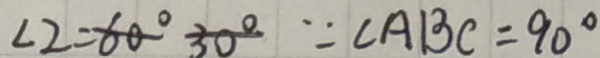
\angle 2 = 6 0 ^ { \circ } 3 0 ^ { \circ } \because \angle A B C = 9 0 ^ { \circ }